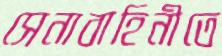
সেনাবাহিনীতে